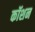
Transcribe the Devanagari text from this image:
कॉशन